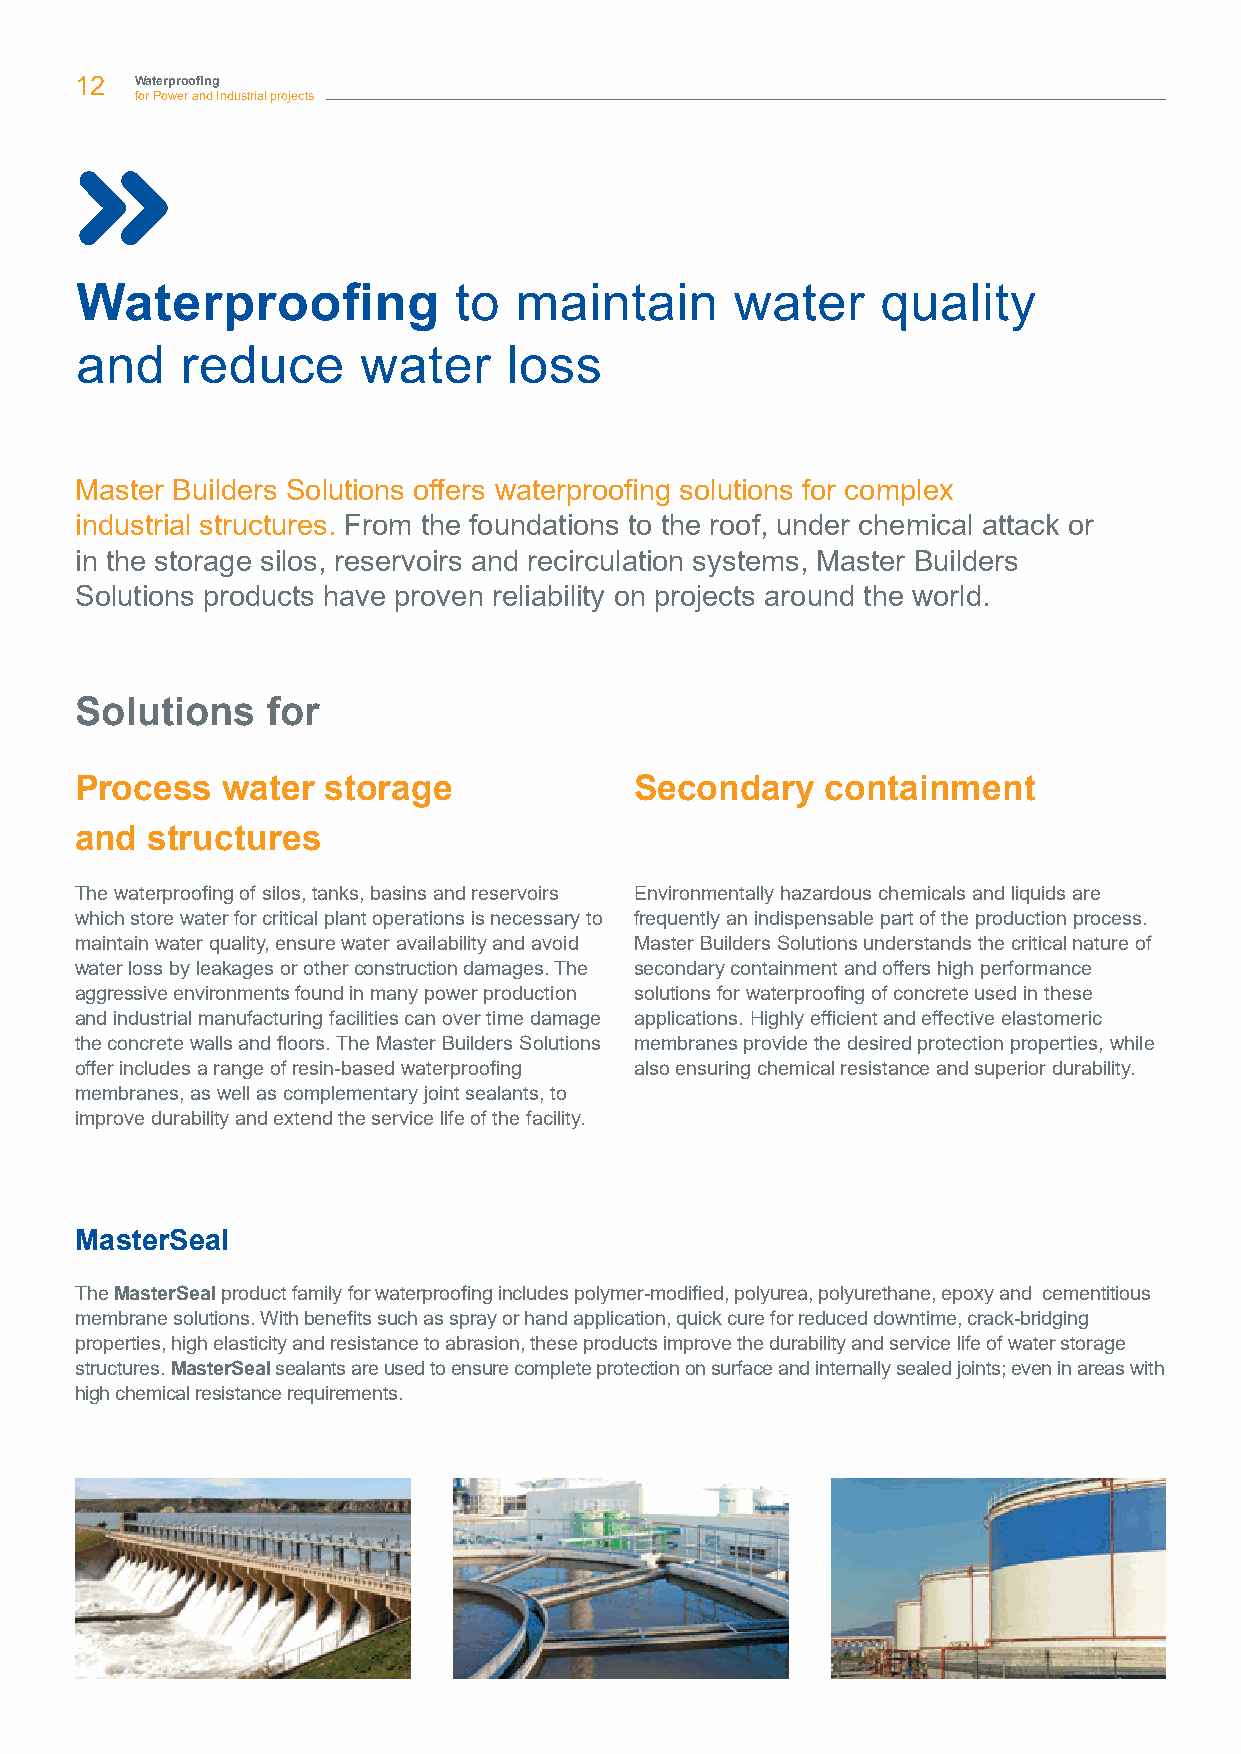
12  Waterproofing
 for Power and Industrial projects
 Waterproofing            to  maintain       water    quality
 and    reduce      water     loss
 Master Builders Solutions offers waterproofing solutions for complex
 industrial structures. From the foundations to the roof, under chemical attack or
 in the storage silos, reservoirs and recirculation systems, Master Builders
 Solutions products have proven reliability on projects around the world.
 Solutions    for
 Process   water  storage             Secondary    containment
 and  structures
 The waterproofing of silos, tanks, basins and reservoirs Environmentally hazardous chemicals and liquids are
 which store water for critical plant operations is necessary to frequently an indispensable part of the production process.
 maintain water quality, ensure water availability and avoid Master Builders Solutions understands the critical nature of
 water loss by leakages or other construction damages. The secondary containment and offers high performance
 aggressive environments found in many power production solutions for waterproofing of concrete used in these
 and industrial manufacturing facilities can over time damage applications. Highly efficient and effective elastomeric
 the concrete walls and floors. The Master Builders Solutions membranes provide the desired protection properties, while
 offer includes a range of resin-based waterproofing also ensuring chemical resistance and superior durability.
 membranes, as well as complementary joint sealants, to
 improve durability and extend the service life of the facility.
 MasterSeal
 The MasterSeal product family for waterproofing includes polymer-modified, polyurea, polyurethane, epoxy and cementitious
 membrane solutions. With benefits such as spray or hand application, quick cure for reduced downtime, crack-bridging
 properties, high elasticity and resistance to abrasion, these products improve the durability and service life of water storage
 structures. MasterSeal sealants are used to ensure complete protection on surface and internally sealed joints; even in areas with
 high chemical resistance requirements.